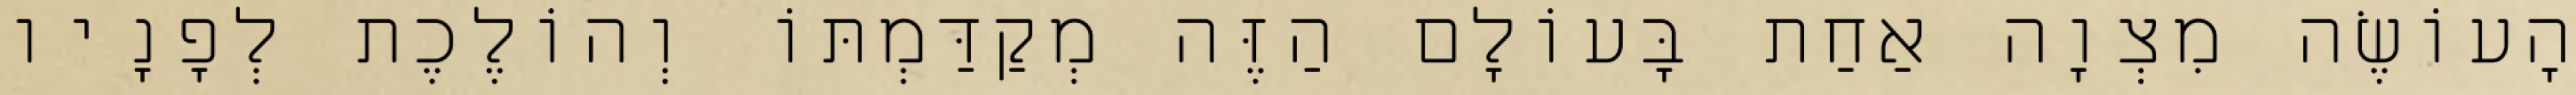
הָעוֹשֶׂה מִצְוָה אַחַת בָּעוֹלָם הַזֶּה מְקַדַּמְתּוֹ וְהוֹלֶכֶת לְפָנָיו